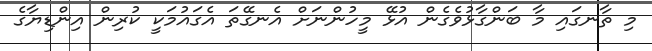
މި ތާނގައި މާ ބަންގާޅުވެގެން އުޅޭ މީހުންނަށް އެނގޭތަ އެގައުމަކީ ކުރިން އިންޑިޔާގެ